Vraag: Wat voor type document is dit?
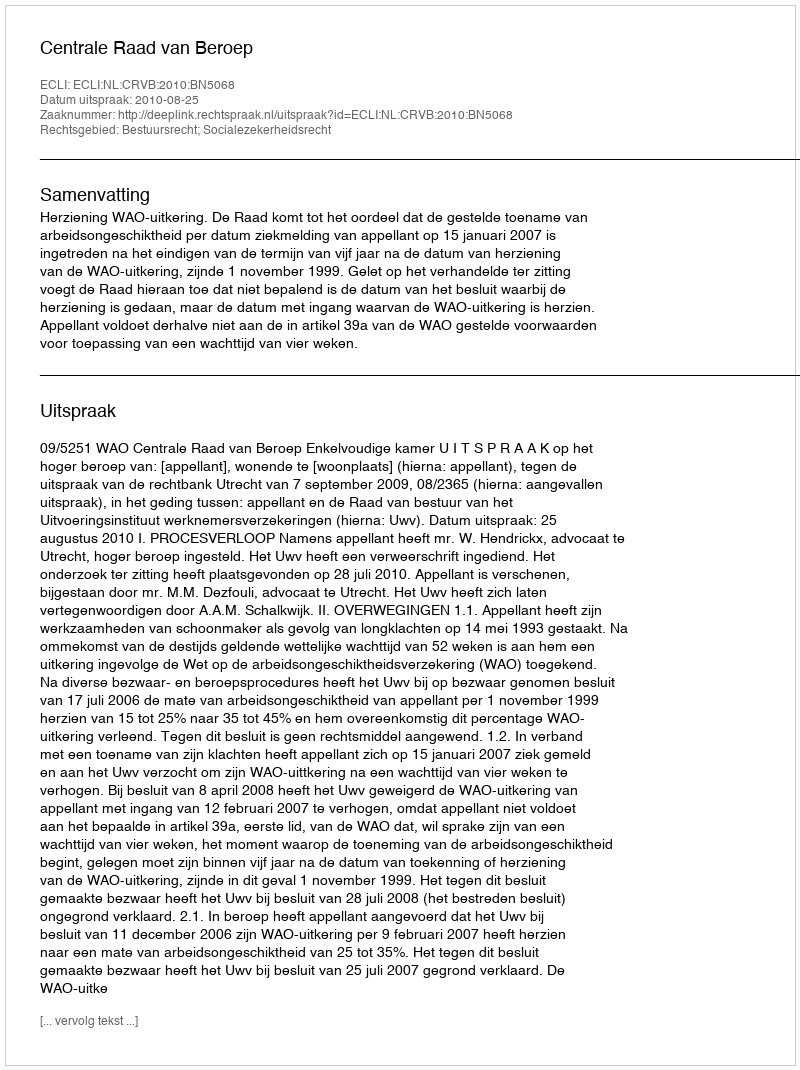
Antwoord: Uitspraak